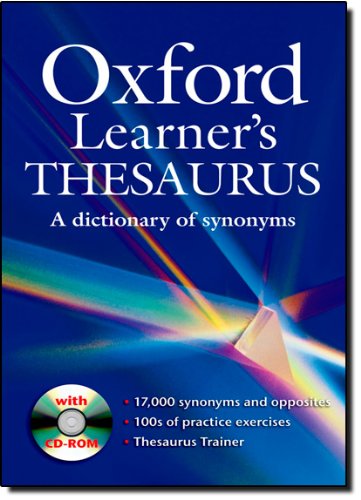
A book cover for Oxford Learner's Thesaurus with Cd-Rom; Reference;